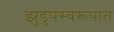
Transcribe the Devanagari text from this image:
झुडुपस्वरूपात